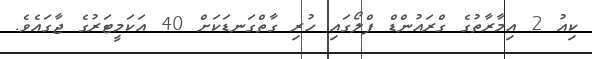
ކިއު 2 އިމާރާތުގެ ގްރައުންޑް ފްލޯގައި ހުރި ގާތްގަނޑަކަށް 40 އަކަމީޓަރުގެ ޖާގައެވެ.